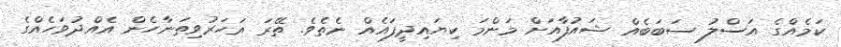
ކަމެއްގެ އަސްލު ސަބަބެއް ޝައުފާއަށް މަންމަ ކިޔައިދީފައެއް ނެތެވެ. ތޭރަ އަހަރުވިތަނާހެން އެއްދުވަހެއްގެ